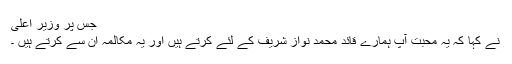
جس پر وزیر اعلی
نے کہا کہ یہ محبت آپ ہمارے قائد محمد نواز شریف کے لئے کرتے ہیں اور یہ مکالمہ ان سے کرتے ہیں ۔